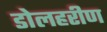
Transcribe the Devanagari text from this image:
डोलहरीण